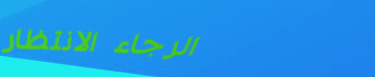
الرجاء الانتظار